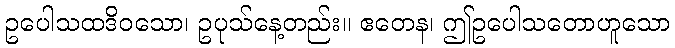
ဥပေါသထဒိဝသော၊ ဥပုသ်နေ့တည်း။ ဧတေန၊ ဤဥပေါသတောဟူသော